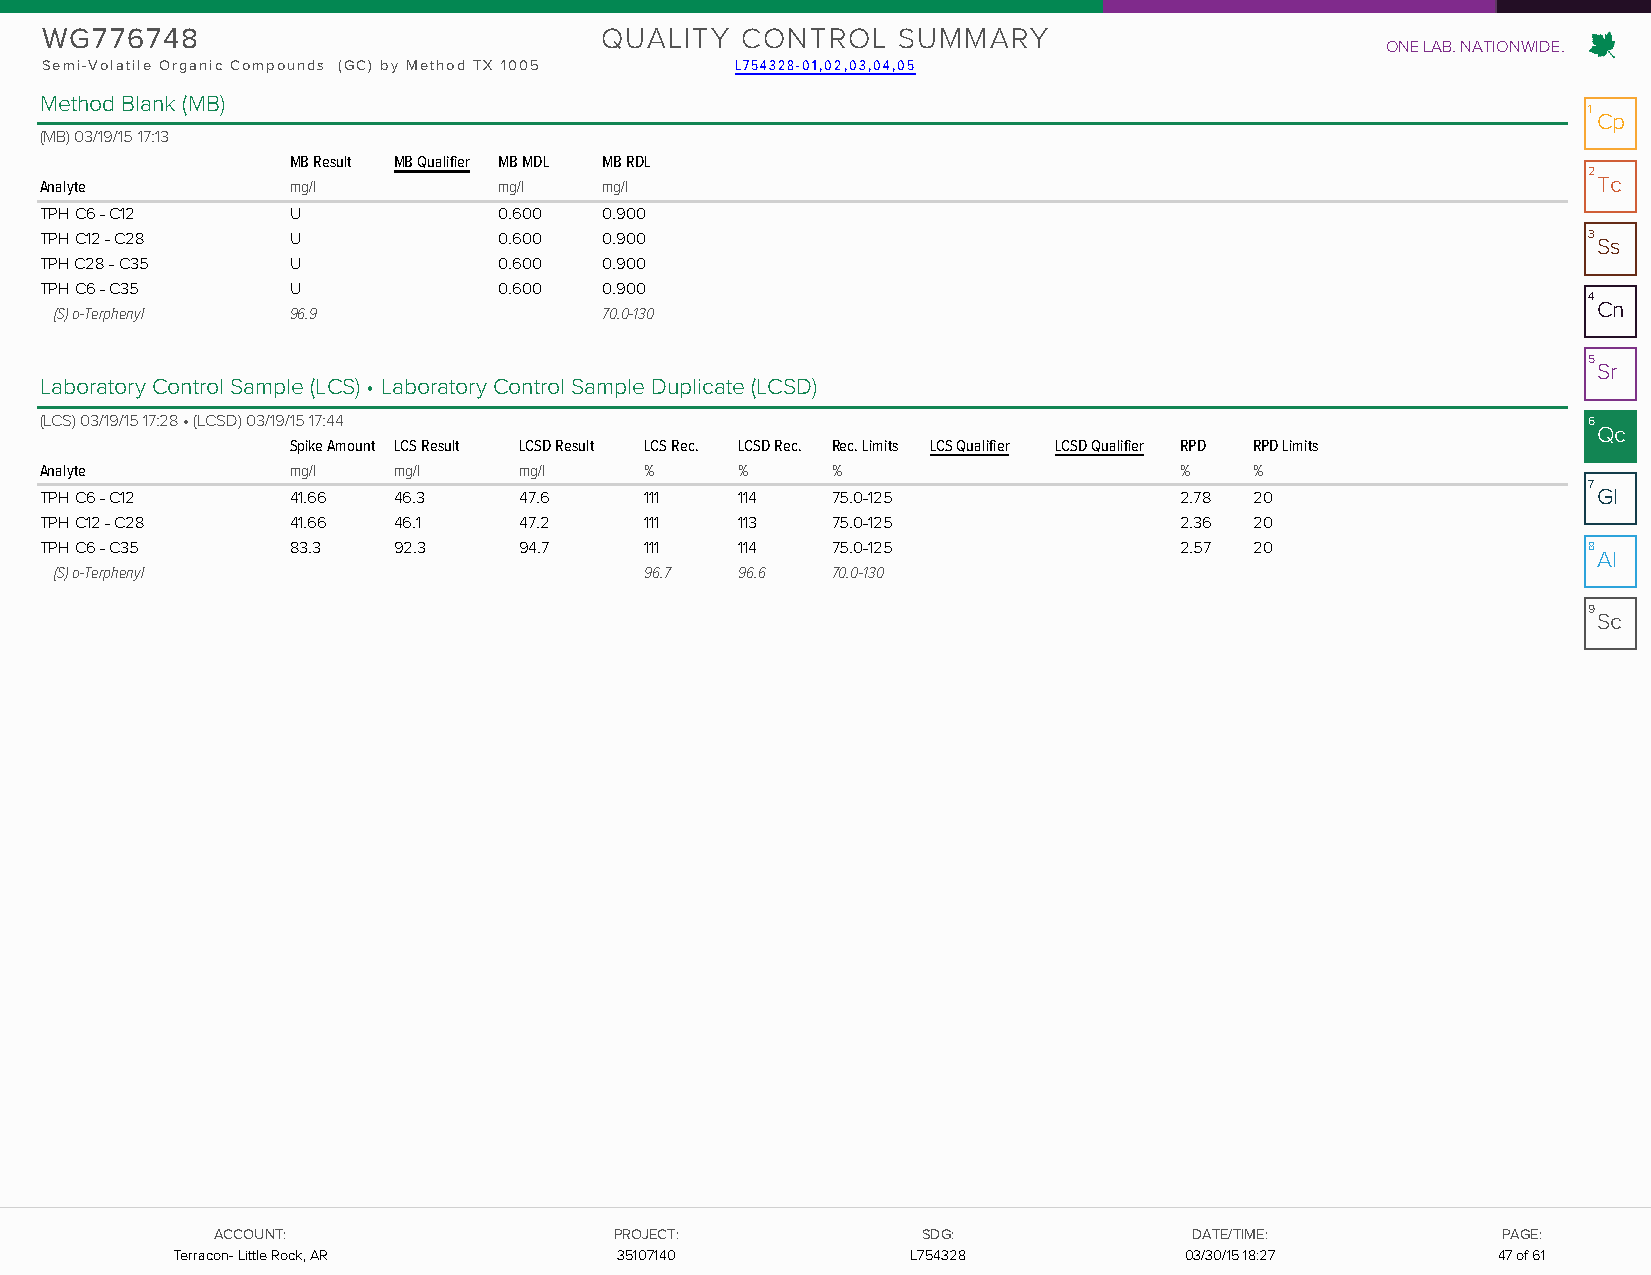
WG776748                             QUALITY  CONTROL   SUMMARY
 ONE LAB. NATIONWIDE.
 Semi-Volatile Organic Compounds (GC) by Method TX 1005 L754328-01,02,03,04,05
 Method Blank (MB)
 1
 Cp
 (MB) 03/19/15 17:13
 MB Result MB Qualifier MB MDL MB RDL
 2
 Analyte         mg/l          mg/l   mg/l                                                              Tc
 TPH C6 - C12    U             0.600  0.900
 TPH C12 - C28   U             0.600  0.900                                                            3 Ss
 TPH C28 - C35   U             0.600  0.900
 TPH C6 - C35    U             0.600  0.900
 4
 Cn
 (S) o-Terphenyl 96.9                70.0-130
 5
 Sr
 Laboratory Control Sample (LCS) • Laboratory Control Sample Duplicate (LCSD)
 (LCS) 03/19/15 17:28 • (LCSD) 03/19/15 17:44                                                          6
 Qc
 Spike Amount LCS Result LCSD Result LCS Rec. LCSD Rec. Rec. Limits LCS Qualifier LCSD Qualifier RPD RPD Limits
 Analyte         mg/l   mg/l    mg/l     %     %     %                      %    %
 7
 TPH C6 - C12    41.66  46.3    47.6     111   114   75.0-125               2.78 20                     Gl
 TPH C12 - C28   41.66  46.1    47.2     111   113   75.0-125               2.36 20
 TPH C6 - C35    83.3   92.3    94.7     111   114   75.0-125               2.57 20                    8
 Al
 (S) o-Terphenyl                        96.7  96.6  70.0-130
 9
 Sc
 AACCCCOOUUNNTT::           PPRROOJJEECCTT::    SSDDGG::          DDAATTEE//TTIIMMEE:: PPAAGGEE::
 TTeerrrraaccoonn-- LLiittttllee RRoocckk,, AARR 3355110077114400 LL775544332288 0033//3300//1155 1186::2377 4477 ooff 6611